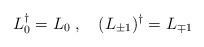
LaTeX: \begin{align*}L_0^\dag = L_0 \; , \quad (L_{\pm 1} )^\dag = L_{\mp 1}\end{align*}